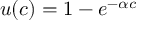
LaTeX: u ( c ) = 1 - e ^ { - \alpha c }